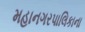
મહાનગરપાલિકાના